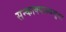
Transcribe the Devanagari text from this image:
सन्काक्यास्थसुया